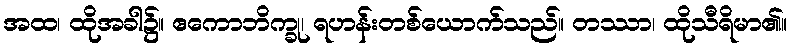
အထ၊ ထိုအခါ၌။ ဧကောဘိက္ခု၊ ရဟန်းတစ်ယောက်သည်။ တဿာ၊ ထိုသီရိမာ၏။